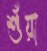
শুঁয়া